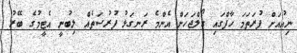
ނިއުއަށް ފުރަތަމަ ހާފްގައި ގޯލްޖަހަން އެންމެ ރަނގަޅު ފުރުސަތެއް ލިބުނީ އެޓީމުގެ ބޭރު